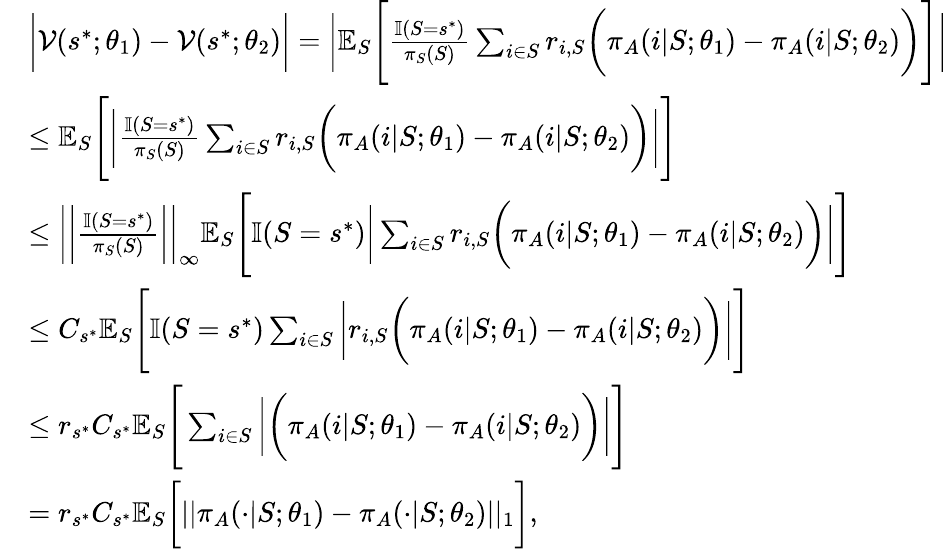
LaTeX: \begin{array}{rl}&{\bigg|\mathcal{V}(s^{*};\theta_{1})-\mathcal{V}(s^{*};\theta_{2})\bigg|=\bigg|\mathbb{E}_{S}\Biggr[\frac{\mathbb{I}(S=s^{*})}{\pi_{S}(S)}\sum_{i\in S}r_{i,S}\bigg(\pi_{A}(i|S;\theta_{1})-\pi_{A}(i|S;\theta_{2})\bigg)\Biggr]\bigg|}\\ &{\leq\mathbb{E}_{S}\Biggr[\bigg|\frac{\mathbb{I}(S=s^{*})}{\pi_{S}(S)}\sum_{i\in S}r_{i,S}\bigg(\pi_{A}(i|S;\theta_{1})-\pi_{A}(i|S;\theta_{2})\bigg)\bigg|\Biggr]}\\ &{\leq\bigg|\bigg|\frac{\mathbb{I}(S=s^{*})}{\pi_{S}(S)}\bigg|\bigg|_{\infty}\mathbb{E}_{S}\Biggr[\mathbb{I}(S=s^{*})\bigg|\sum_{i\in S}r_{i,S}\bigg(\pi_{A}(i|S;\theta_{1})-\pi_{A}(i|S;\theta_{2})\bigg)\bigg|\Biggr]}\\ &{\leq C_{s^{*}}\mathbb{E}_{S}\Biggr[\mathbb{I}(S=s^{*})\sum_{i\in S}\bigg|r_{i,S}\bigg(\pi_{A}(i|S;\theta_{1})-\pi_{A}(i|S;\theta_{2})\bigg)\bigg|\Biggr]}\\ &{\leq r_{s^{\ast}}C_{s^{*}}\mathbb{E}_{S}\Biggr[\sum_{i\in S}\bigg|\bigg(\pi_{A}(i|S;\theta_{1})-\pi_{A}(i|S;\theta_{2})\bigg)\bigg|\Biggr]}\\ &{=r_{s^{\ast}}C_{s^{*}}\mathbb{E}_{S}\bigg[||\pi_{A}(\cdot|S;\theta_{1})-\pi_{A}(\cdot|S;\theta_{2})||_{1}\bigg],}\end{array}